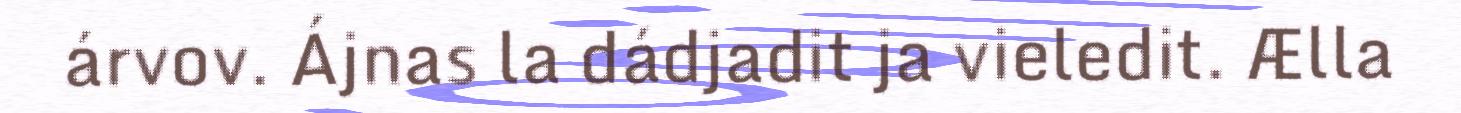
árvov. Ájnas la dádjadit ja vieledit. Ælla